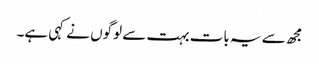
مجھ سے یہ بات بہت سے لوگوں نے کہی ہے۔